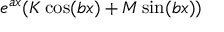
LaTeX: e ^ { a x } ( K \cos ( b x ) + M \sin ( b x ) )